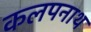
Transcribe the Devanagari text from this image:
कलपनाथ